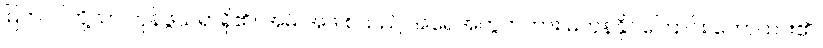
မြက်ပင်တို့သာ ကုန်ဖွယ်ရာရှိ၏။ အမိ အဖ စသည် အရေအတွက်ကား မကုန်နိုင်ကြောင်း ဟောထား၏။